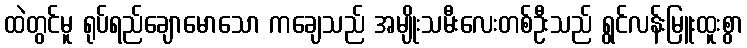
ထဲတွင်မူ ရုပ်ရည်ချောမောသော ကချေသည် အမျိုးသမီးလေးတစ်ဦးသည် ရွင်လန်းမြူးထူးစွာ